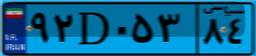
۸۹D۴۷۳۶۲